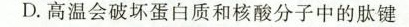
D.高温会破坏蛋白质和核酸分子中的肽键